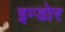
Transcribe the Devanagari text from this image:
इन्‍डोर